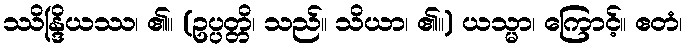
ဿိန္ဒြိယဿ၊ ၏။ (ဥပ္ပတ္တိ၊ သည်။ သိယာ၊ ၏။) ယသ္မာ၊ ကြောင့်။ ဧတံ၊